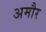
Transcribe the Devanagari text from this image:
अमौर